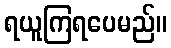
ရယူကြရပေမည်။